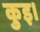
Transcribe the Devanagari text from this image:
कुइ।